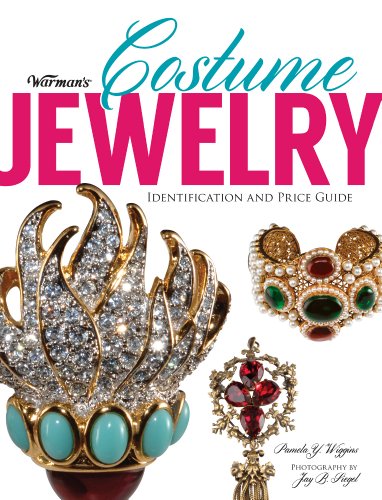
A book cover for Warman's Costume Jewelry: Identification and Price Guide; Pamela Y. Wiggins; Crafts, Hobbies & Home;